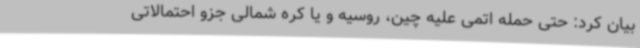
بیان کرد: حتی حمله اتمی علیه چین، روسیه و یا کره شمالی جزو احتمالاتی